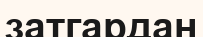
затгардан